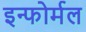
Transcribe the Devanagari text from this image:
इन्फोर्मल